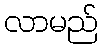
လာမည်